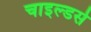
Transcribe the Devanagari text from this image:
चाइल्डर्स